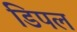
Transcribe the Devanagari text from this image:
डिपल